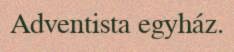
Adventista egyház.